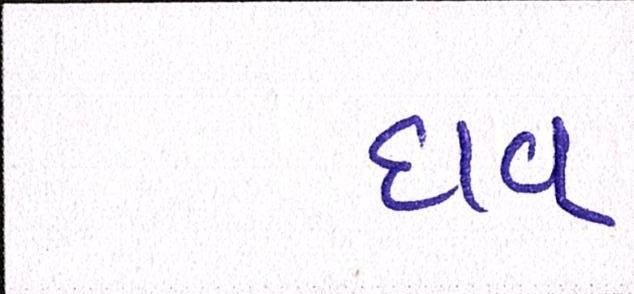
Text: દાવ